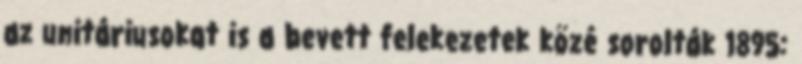
az unitáriusokat is a bevett felekezetek közé sorolták 1895: